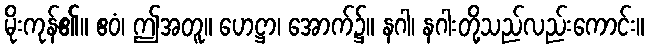
မိုးကုန်၏။ ဧဝံ၊ ဤအတူ။ ဟေဋ္ဌာ၊ အောက်၌။ နဂါ၊ နဂါးတို့သည်လည်းကောင်း။